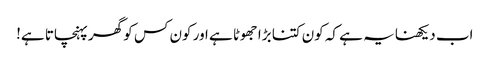
اب دیکھنا یہ ہے کہ کون کتنا بڑا جھوٹا ہے اور کون کس کو گھر پہنچاتا ہے!